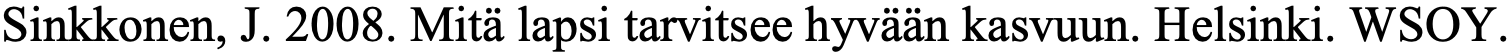
Sinkkonen, J. 2008. Mitä lapsi tarvitsee hyvään kasvuun. Helsinki. WSOY.